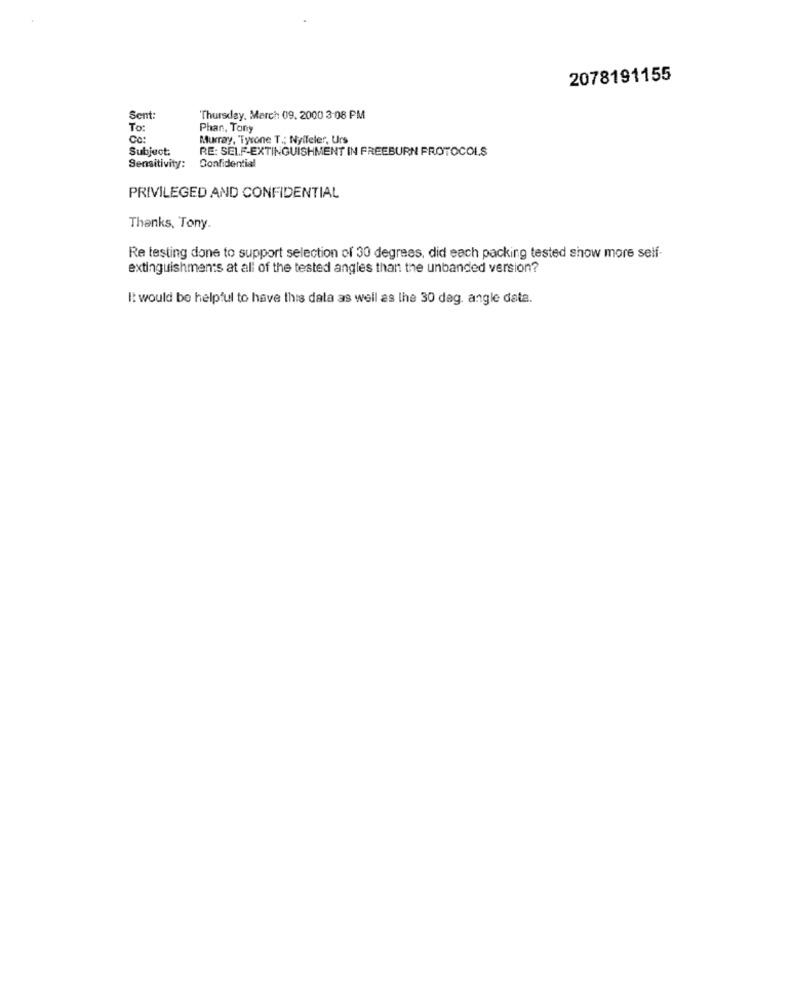
2078191155
Sent
Thursday, March 09. 2000 3:08 PM
To:
Phan, Tony
Cc:
Murray, "Tyrone T .; Nyffeler, Urs
Subject:
RE: SELF-EXTINGUISHMENT IN FREEBURN PROTOCOLS
Confidential
Sensitivity:
PRIVILEGED AND CONFIDENTIAL
Thanks, Tony.
Re testing done to support selection of 30 degrees, did each packing tested show more self-
extinguishments at all of the tested angles than the unbanded version?
It would be helpful to have this data as well as the 30 dag. angle data.